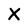
Character: X